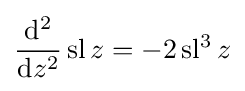
{\frac {\mathrm {d} ^{2}}{\mathrm {d} z^{2}}}\operatorname {sl} z=-2\operatorname {sl^{3}} z